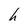
Character: h